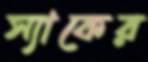
স্যাকের